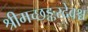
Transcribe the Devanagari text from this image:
श्रीमच्छङ्करदेवश्च